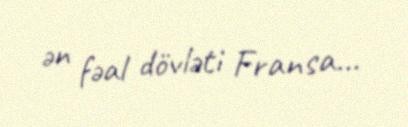
ən fəal dövləti Fransa...